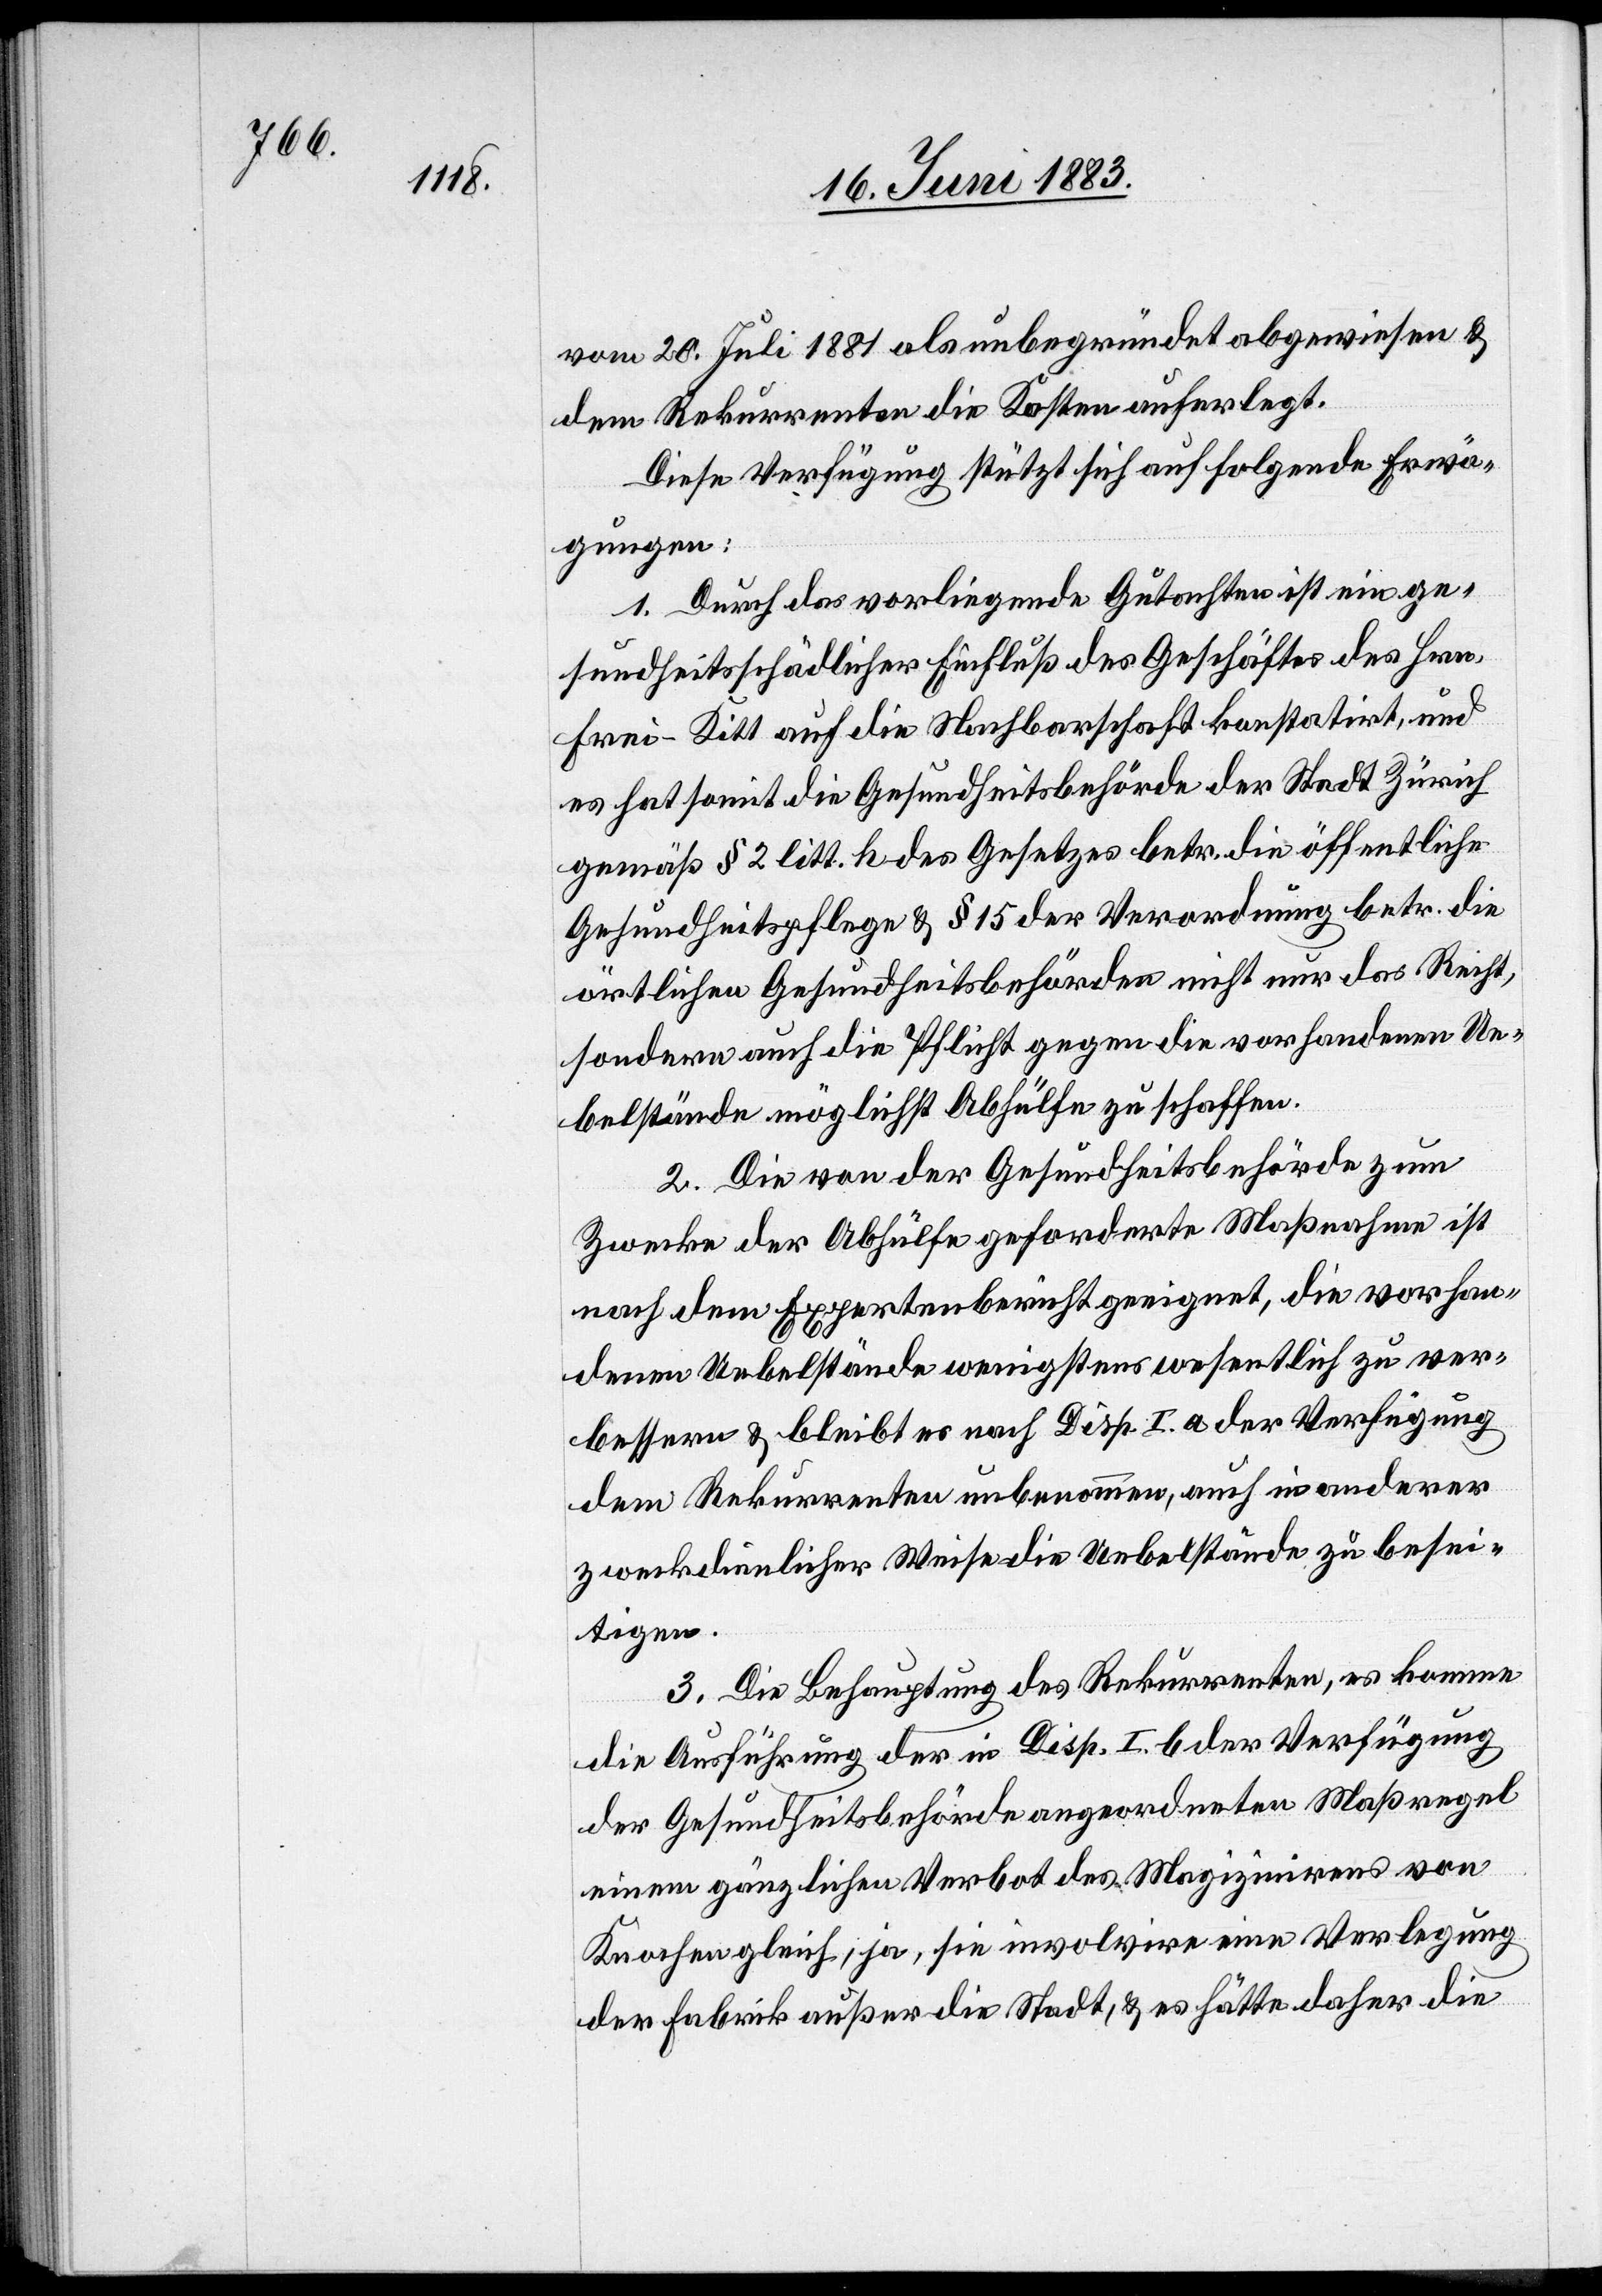
vom 20. Juli 1881 als unbegründet abgewiesen &
dem Rekurrenten die Kosten auferlegt.
Diese Verfügung stützt sich auf folgende Erwä¬
gungen:
1. Durch das vorliegende Gutachten ist ein ge¬
sundheitsschädlicher Einfluß des Geschäftes des Hrn.
Frei-Kitt auf die Nachbarschaft konstatirt, und
es hat somit die Gesundheitsbehörde der Stadt Zürich
gemäß § 2 litt. h des Gesetzes betr. die öffentliche
Gesundheitspflege & § 15 der Verordnung betr. die
örtlichen Gesundheitsbehörden nicht nur das Recht,
sondern auch die Pflicht gegen die vorhandenen Ue¬
belstände möglichst Abhülfe zu schaffen.
2. Die von der Gesundheitsbehörde zum
Zwecke der Abhülfe geforderte Maßnahme ist
nach dem Expertenbericht geeignet, die vorhan¬
denen Uebelstände wenigstens wesentlich zu ver¬
bessern & bleibt es nach Disp. I a der Verfügung
dem Rekurrenten unbenommen, auch in anderer
zweckdienlicher Weise die Uebelstände zu besei¬
tigen.
3. Die Behauptung des Rekurrenten, es komme
die Ausführung der in Disp. I b der Verfügung
der Gesundheitsbehörde angeordneten Maßregel
einem gänzlichen Verbot des Magizinirens von
Knochen gleich, ja, sie involvire eine Verlegung
der Fabrik außer die Stadt, & es hätte daher die